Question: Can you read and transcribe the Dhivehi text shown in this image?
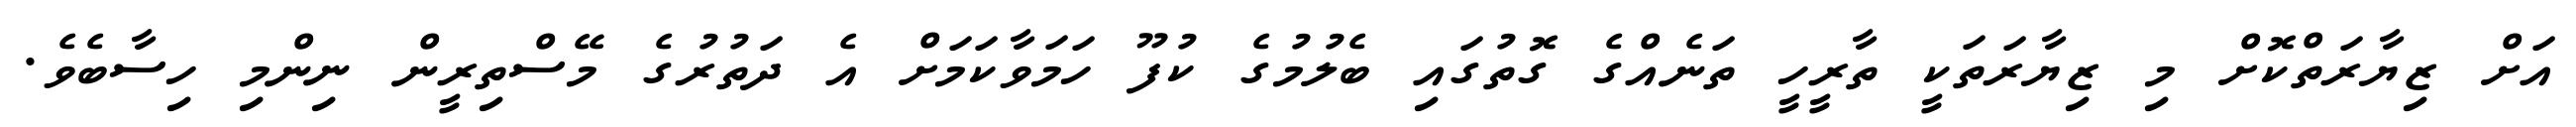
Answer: އަށް ޒިޔާރަތްކޮށް މި ޒިޔާރަތަކީ ތާރީހީ ތަނެއްގެ ގޮތުގައި ބެލުމުގެ ކުފޫ ހަމަވާކަމަށް އެ ދަތުރުގެ މޭސްތިރީން ނިންމި ހިސާބެވެ.